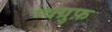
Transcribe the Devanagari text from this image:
म्क्ग्रुफ़